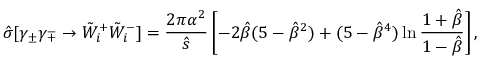
\hat { \sigma } [ \gamma _ { \pm } \gamma _ { \mp } \rightarrow \tilde { W } _ { i } ^ { + } \tilde { W } _ { i } ^ { - } ] = \frac { 2 \pi \alpha ^ { 2 } } { \hat { s } } \left[ - 2 \hat { \beta } ( 5 - \hat { \beta } ^ { 2 } ) + ( 5 - \hat { \beta } ^ { 4 } ) \ln \frac { 1 + \hat { \beta } } { 1 - \hat { \beta } } \right] ,